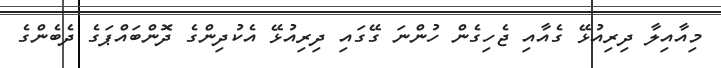
މިއާއިލާ ދިރިއުޅޭ ގެއާއި ޖެހިގެން ހުންނަ ގޭގައި ދިރިއުޅޭ އެކުދިންގެ ދޮންބައްޕަގެ ދެބެންގެ